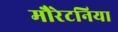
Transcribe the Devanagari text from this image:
मौरेटनिया